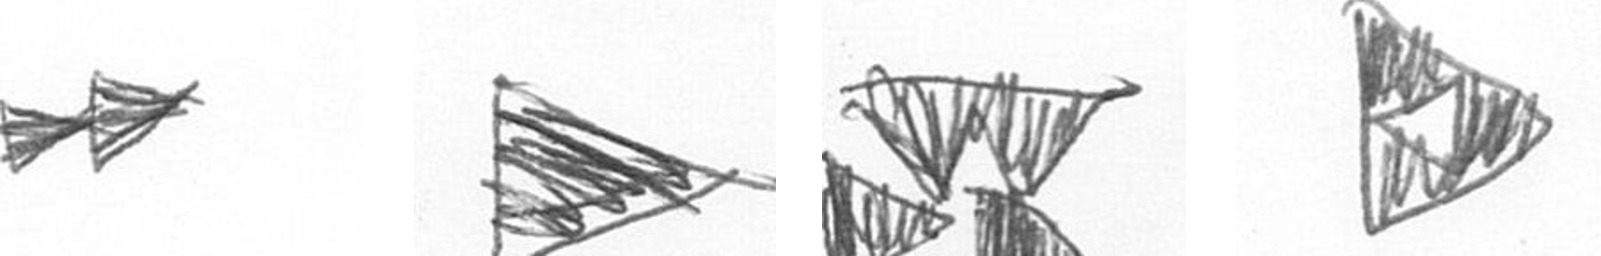
A T B K